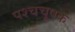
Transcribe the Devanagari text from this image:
पश्चचूषक